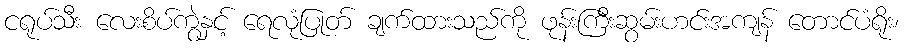
ငရုပ်သီး လေးစိပ်ကွဲနှင့် ရေလုံပြုတ် ချက်ထားသည်ကို ဖုန်းကြီးဆွမ်းဟင်းအကျန် တောင်ပံရိုး၊